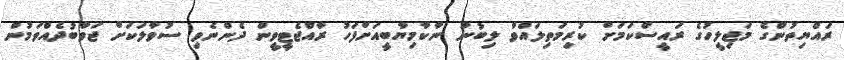
ރައްޔިތުންގެ މަޖިލީހުގެ ރައީސްކަމަށް ކުރިމަތިލައްވާ ލިބުނު ނާކާމިޔާބީއަށްފަހު ރާއްޖެޓީވީން ދެންނެވި ސުވާލަކަށް ޖަވާބުދެއްވަމުން